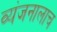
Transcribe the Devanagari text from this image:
व्यंजनालाच